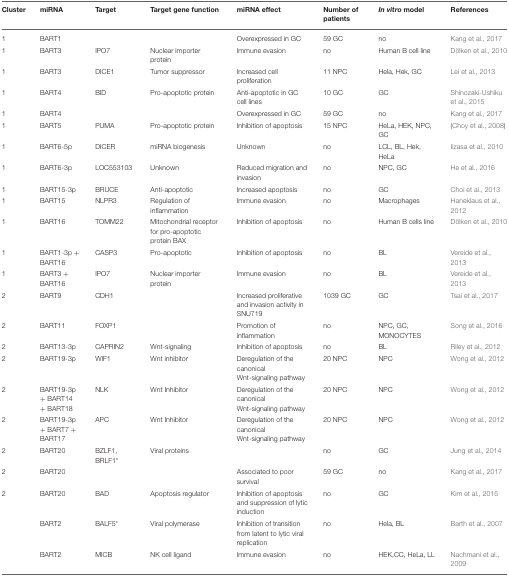
<table><thead><tr><td><b>Cluster</b></td><td><b>miRNA</b></td><td><b>Target</b></td><td><b>Target gene function</b></td><td><b>miRNA effect</b></td><td><b>Number of patients</b></td><td><b><i>In vitro</i> model</b></td><td><b>References</b></td></tr></thead><tbody><tr><td>1</td><td>BART1</td><td></td><td></td><td>Overexpressed in GC</td><td>59 GC</td><td>no</td><td>Kang et al., 2017</td></tr><tr><td>1</td><td>BART3</td><td>IPO7</td><td>Nuclear importer protein</td><td>Immune evasion</td><td>no</td><td>Human B cell line</td><td>Dölken et al., 2010</td></tr><tr><td>1</td><td>BART3</td><td>DICE1</td><td>Tumor suppressor</td><td>Increased cell proliferation</td><td>11 NPC</td><td>Hela, Hek, GC</td><td>Lei et al., 2013</td></tr><tr><td>1</td><td>BART4</td><td>BID</td><td>Pro-apoptotic protein</td><td>Anti-apoptotic in GC cell lines</td><td>10 GC</td><td>GC</td><td>Shinozaki-Ushiku et al., 2015</td></tr><tr><td>1</td><td>BART4</td><td></td><td></td><td>Overexpressed in GC</td><td>59 GC</td><td>no</td><td>Kang et al., 2017</td></tr><tr><td>1</td><td>BART5</td><td>PUMA</td><td>Pro-apoptotic protein</td><td>Inhibition of apoptosis</td><td>15 NPC</td><td>HeLa, HEK, NPC, GC</td><td>(Choy et al., 2008)</td></tr><tr><td>1</td><td>BART6-5p</td><td>DICER</td><td>miRNA biogenesis</td><td>Unknown</td><td>no</td><td>LCL, BL, Hek, HeLa</td><td>Iizasa et al., 2010</td></tr><tr><td>1</td><td>BART6-3p</td><td>LOC553103</td><td>Unknown</td><td>Reduced migration and invasion</td><td>no</td><td>NPC, GC</td><td>He et al., 2016</td></tr><tr><td>1</td><td>BART15-3p</td><td>BRUCE</td><td>Anti-apoptotic</td><td>Increased apoptosis</td><td>no</td><td>GC</td><td>Choi et al., 2013</td></tr><tr><td>1</td><td>BART15</td><td>NLPR3</td><td>Regulation of inflammation</td><td>Immune evasion</td><td>no</td><td>Macrophages</td><td>Haneklaus et al., 2012</td></tr><tr><td>1</td><td>BART16</td><td>TOMM22</td><td>Mitochondrial receptor for pro-apoptotic protein BAX</td><td>Inhibition of apoptosis</td><td>no</td><td>Human B cells line</td><td>Dölken et al., 2010</td></tr><tr><td>1</td><td>BART1-3p + BART16</td><td>CASP3</td><td>Pro-apoptotic</td><td>Inhibition of apoptosis</td><td>no</td><td>BL</td><td>Vereide et al., 2013</td></tr><tr><td>1</td><td>BART3 + BART16</td><td>IPO7</td><td>Nuclear importer protein</td><td>Immune evasion</td><td>no</td><td>BL</td><td>Vereide et al., 2013</td></tr><tr><td>2</td><td>BART9</td><td>CDH1</td><td></td><td>Increased proliferative and invasion activity in SNU719</td><td>1039 GC</td><td>GC</td><td>Tsai et al., 2017</td></tr><tr><td>2</td><td>BART11</td><td>FOXP1</td><td></td><td>Promotion of inflammation</td><td>no</td><td>NPC, GC, MONOCYTES</td><td>Song et al., 2016</td></tr><tr><td>2</td><td>BART13-3p</td><td>CAPRIN2</td><td>Wnt-signaling</td><td>Inhibition of apoptosis</td><td>no</td><td>BL</td><td>Riley et al., 2012</td></tr><tr><td>2</td><td>BART19-3p</td><td>WIF1</td><td>Wnt inhibitor</td><td>Deregulation of the canonical Wnt-signaling pathway</td><td>20 NPC</td><td>NPC</td><td>Wong et al., 2012</td></tr><tr><td>2</td><td>BART19-3p + BART14 + BART18</td><td>NLK</td><td>Wnt Inhibitor</td><td>Deregulation of the canonical Wnt-signaling pathway</td><td>20 NPC</td><td>NPC</td><td>Wong et al., 2012</td></tr><tr><td>2</td><td>BART19-3p + BART7 + BART17</td><td>APC</td><td>Wnt Inhibitor</td><td>Deregulation of the canonical Wnt-signaling pathway</td><td>20 NPC</td><td>NPC</td><td>Wong et al., 2012</td></tr><tr><td>2</td><td>BART20</td><td>BZLF1, BRLF1<sup>*</sup></td><td>Viral proteins</td><td></td><td>no</td><td>GC</td><td>Jung et al., 2014</td></tr><tr><td>2</td><td>BART20</td><td></td><td></td><td>Associated to poor survival</td><td>59 GC</td><td>no</td><td>Kang et al., 2017</td></tr><tr><td>2</td><td>BART20</td><td>BAD</td><td>Apoptosis regulator</td><td>Inhibition of apoptosis and suppression of lytic induction</td><td>no</td><td>GC</td><td>Kim et al., 2015</td></tr><tr><td></td><td>BART2</td><td>BALF5<sup>*</sup></td><td>Viral polymerase</td><td>Inhibition of transition from latent to lytic viral replication</td><td>no</td><td>Hela, BL</td><td>Barth et al., 2007</td></tr><tr><td></td><td>BART2</td><td>MICB</td><td>NK cell ligand</td><td>Immune evasion</td><td>no</td><td>HEK,CC, HeLa, LL</td><td>Nachmani et al., 2009</td></tr></tbody></table>